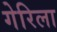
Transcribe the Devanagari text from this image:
गेरिला